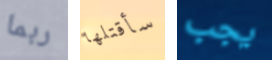
ربما سأقتلها يجب